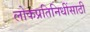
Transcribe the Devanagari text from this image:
लोकप्रतिनिधींसाठी